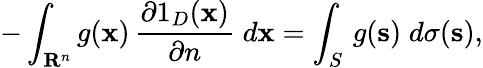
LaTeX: -\int_{\mathbf{R}^{n}}g(\mathbf{x})\, {\frac{\partial 1_{D}(\mathbf{x})}{\partial n}}\; d\mathbf{x}=\int_{S}\, g(\mathbf{s})\; d\sigma(\mathbf{s}),